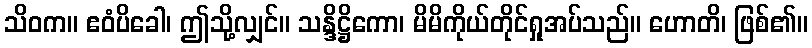
သိဝက။ ဧဝံပိခေါ၊ ဤသို့လျှင်။ သန္ဒိဋ္ဌိကော၊ မိမိကိုယ်တိုင်ရှုအပ်သည်။ ဟောတိ၊ ဖြစ်၏။